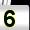
Digit: 5